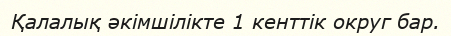
Қалалық әкімшілікте 1 кенттік округ бар.